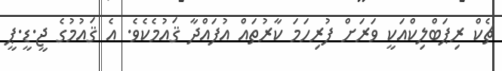
ޗެކް ރިޕަބްލިކްއަކީ ވަރަށް ފުރިހަމަ ކާރުތައް އުފައްދާ ޤައުމެކެވެ. އެ ޤައުމުގެ ޖީ.ޑީ.ޕީ